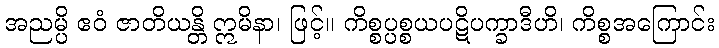
အညမ္ပိ ဧဝံ ဇာတိယန္တိ ဣမိနာ၊ ဖြင့်။ ကိစ္စပ္ပစ္စယပဋိပက္ခာဒီဟိ၊ ကိစ္စအကြောင်း